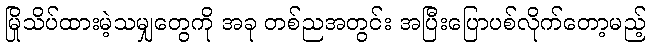
မြိုသိပ်ထားမဲ့သမျှတွေကို အခု တစ်ညအတွင်း အပြီးပြောပစ်လိုက်တော့မည့်